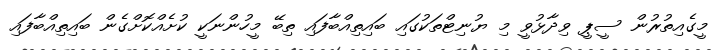
މީގެއިތުރުން ސީޕީ ވިދާޅުވީ މި ޔުނިޓްތަކުގައި ބައިތިއްބާފައި ތިބޭ މީހުންނަކީ ކުށެއްކޮށްގެން ބައިތިއްބާފައި